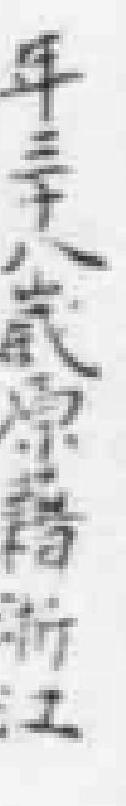
年三十八歲原籍浙江